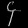
Digit: ၄